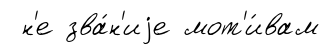
н'е зва́н'иjе мот'и́вам